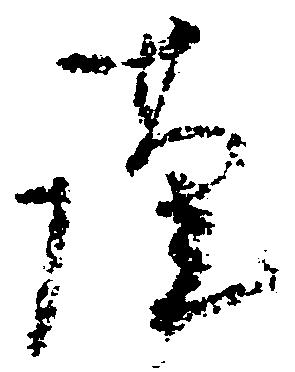
謹